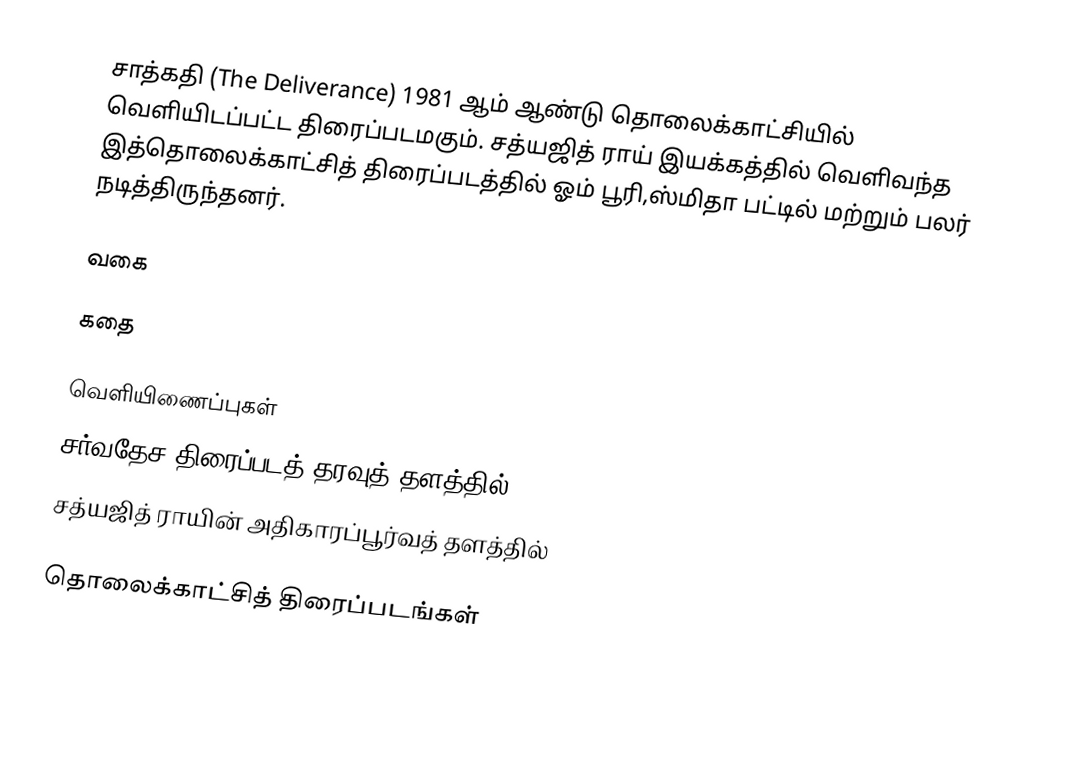
சாத்கதி (The Deliverance)  1981 ஆம் ஆண்டு தொலைக்காட்சியில் வெளியிடப்பட்ட திரைப்படமகும். சத்யஜித் ராய் இயக்கத்தில் வெளிவந்த இத்தொலைக்காட்சித் திரைப்படத்தில் ஓம் பூரி,ஸ்மிதா பட்டில் மற்றும் பலர் நடித்திருந்தனர்.

வகை

கதை

வெளியிணைப்புகள்
சர்வதேச திரைப்படத் தரவுத் தளத்தில்
சத்யஜித் ராயின் அதிகாரப்பூர்வத் தளத்தில்

தொலைக்காட்சித் திரைப்படங்கள்